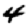
Digit: 4